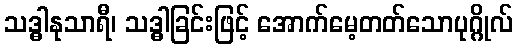
သဒ္ဓါနုသာရီ၊ သဒ္ဓါခြင်းဖြင့် အောက်မေ့တတ်သောပုဂ္ဂိုလ်